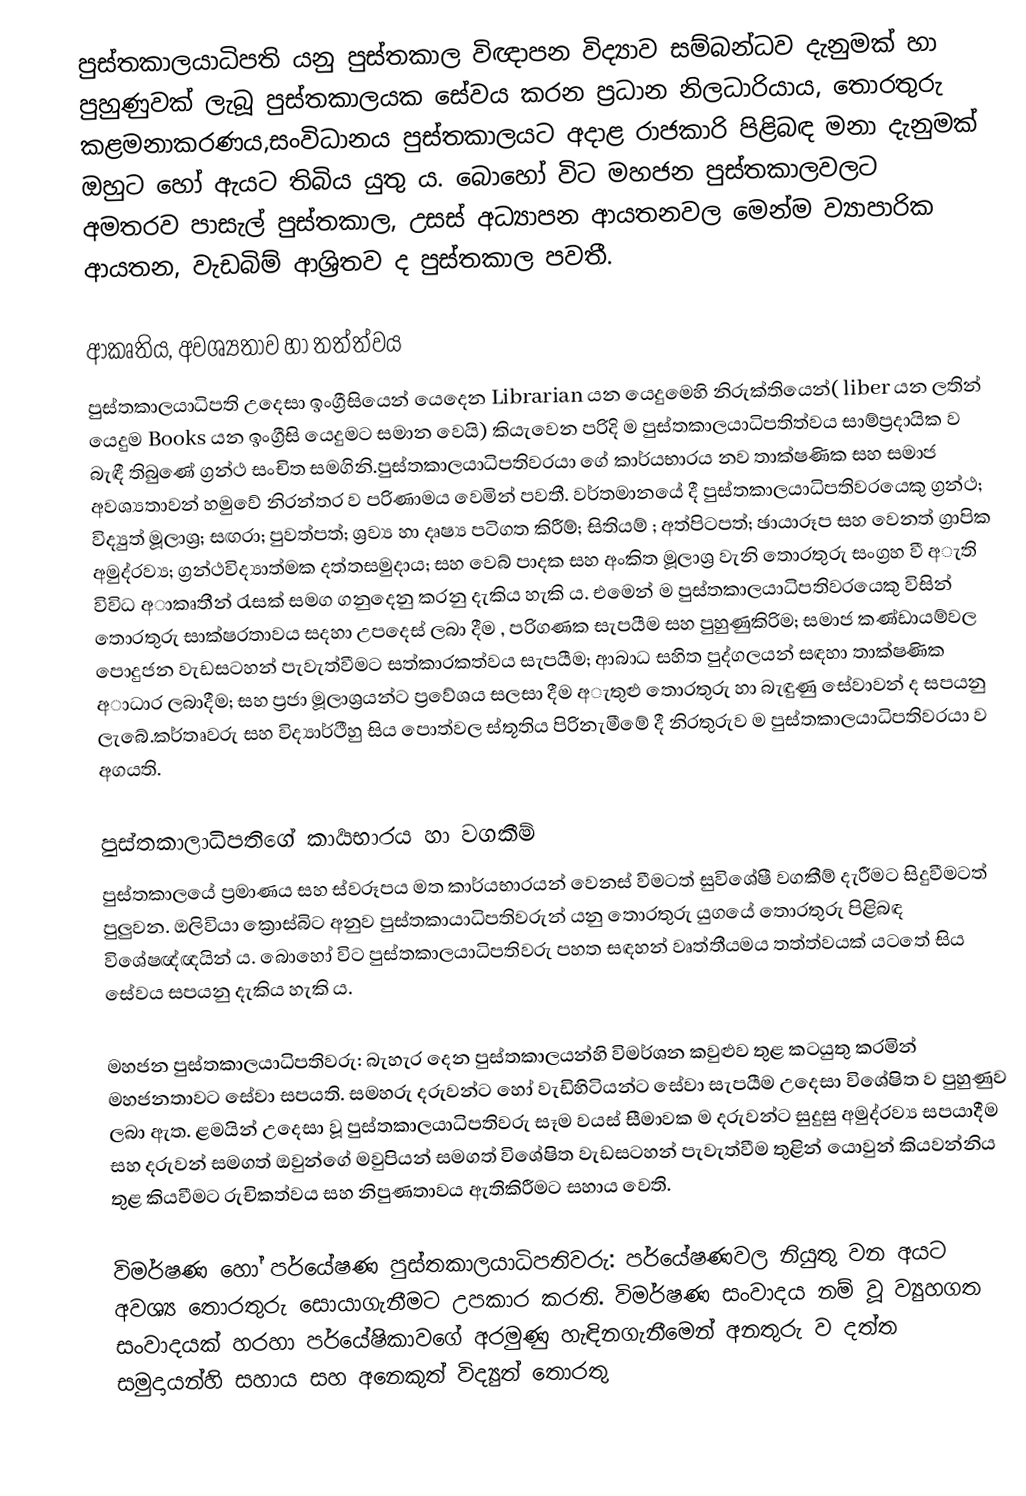
පුස්තකාලයාධිපති යනු පුස්තකාල විඥාපන විද්‍යාව සම්බන්ධව දැනුමක් හා පුහුණුවක් ලැබූ පුස්තකාලයක සේවය කරන ප්‍රධාන නිලධාරියාය, තොරතුරු කළමනාකරණය,සංවිධානය පුස්තකාලයට අදාළ රාජකාරි පිළිබඳ මනා දැනුමක් ඔහුට හෝ ඇයට තිබිය යුතු ය. බොහෝ විට මහජන පුස්තකාලවලට අමතරව පාසැල් පුස්තකාල, උසස් අධ්‍යාපන ආයතනවල මෙන්ම ව්‍යාපාරික ආයතන, වැඩබිම් ආශ්‍රිතව ද පුස්තකාල පවතී.

ආකෘතිය, අවශ්‍යතාව හා තත්ත්වය
පුස්තකාලයාධිපති උදෙසා ඉංග්‍රීසියෙන් යෙදෙන Librarian යන යෙදුමෙහි නිරුක්තියෙන්( liber යන ලතින් යෙදුම Books යන ඉංග්‍රීසි යෙදුමට සමාන වෙයි) කියැවෙන පරිදි ම පුස්තකාලයාධිපතිත්වය සාම්ප්‍රදායික ව බැඳී තිබුණේ ග්‍රන්ථ සංචිත සමගිනි.පුස්තකාලයාධිපතිවරයා ගේ කාර්යභාරය නව තාක්ෂණික සහ සමාජ අවශ්‍යතාවන් හමුවේ නිරන්තර ව පරිණාමය වෙමින් පවතී. වර්තමානයේ දී පුස්තකාලයාධිපතිවරයෙකු  ග්‍රන්ථ; විද්‍යුත් මූලාශ්‍ර; සඟරා; පුවත්පත්; ශ්‍රව්‍ය හා දෘෂ්‍ය පටිගත කිරීම්; සිතියම් ; අත්පිටපත්; ඡායාරූප සහ වෙනත් ග්‍රාපික අමුද්රව්‍ය; ග්‍රන්ථවිද්‍යාත්මක දත්තසමුදාය; සහ වෙබ් පාදක සහ අංකිත මූලාශ්‍ර වැනි තොරතුරු සංග්‍රහ වී අැති විවිධ අාකෘතීන් රැසක් සමග ගනුදෙනු කරනු දැකිය හැකි ය. එමෙන් ම පුස්තකාලයාධිපතිවරයෙකු  විසින් තොරතුරු සාක්ෂරතාවය සදහා උපදෙස් ලබා දීම , පරිගණක සැපයීම සහ පුහුණුකිරිම; සමාජ කණ්ඩායම්වල පොදුජන වැඩසටහන් පැවැත්වීමට සත්කාරකත්වය සැපයීම; ආබාධ සහිත පුද්ගලයන් සඳහා තාක්ෂණික අාධාර ලබාදීම; සහ ප්‍රජා මූලාශ්‍රයන්ට ප්‍රවේශය සලසා දීම අැතුළු තොරතුරු හා බැඳුණු සේවාවන්  ද සපයනු ලැබේ.කර්තෘවරු සහ විද්‍යාර්ථීහු සිය පොත්වල ස්තූතිය පිරිනැමීමේ දී නිරතුරුව ම පුස්තකාලයාධිපතිවරයා ව අගයති.

පුස්තකාලාධිපතිගේ කාර්‍යභාරය හා වගකීම්
පුස්තකාලයේ ප්‍රමාණය සහ ස්වරූපය  මත කාර්යභාරයන් වෙනස් වීමටත් සුවිශේෂී වගකීම් දැරීමට සිදුවීමටත් පුලුවන.  ඔලිවියා ක්‍රොස්බිට අනුව පුස්තකායාධිපතිවරුන් යනු තොරතුරු යුගයේ තොරතුරු  පිළිබඳ විශේෂඥ්ඥයින් ය. බොහෝ විට පුස්තකාලයාධිපතිවරු පහත සඳහන් වෘත්තීයමය තත්ත්වයක් යටතේ  සිය සේවය සපයනු දැකිය හැකි ය.

මහජන පුස්තකාලයාධිපතිවරු: බැහැර  දෙන පුස්තකාලයන්හි විමර්ශන කවුළුව තුළ කටයුතු කරමින් මහජනතාවට සේවා සපයති. සමහරු දරුවන්ට හෝ වැඩිහිටියන්ට සේවා සැපයීම උදෙසා විශේෂිත ව පුහුණුව ලබා ඇත. ළමයින් උදෙසා වූ පුස්තකාලයාධිපතිවරු සෑම වයස් සීමාවක ම දරුවන්ට සුදුසු අමුද්රව්‍ය සපයාදීම සහ දරුවන් සමගත් ඔවුන්ගේ මවුපියන් සමගත්  විශේෂිත වැඩසටහන් පැවැත්වීම තුළින් යොවුන් කියවන්නිය තුළ කියවීමට රුචිකත්වය සහ නිපුණතාවය ඇතිකිරීමට සහාය වෙති.

විමර්ෂණ හෝ පර්යේෂණ පුස්තකාලයාධිපතිවරු: පර්යේෂණවල නියුතු වන අයට අවශ්‍ය තොරතුරු සොයාගැනීමට උපකාර කරති. විමර්ෂණ සංවාදය නම් වූ ව්‍යුහගත සංවාදයක් හරහා පර්යේෂිකාවගේ අරමුණු හැඳිනගැනීමෙන් අනතුරු ව දත්ත සමුදායන්හි සහාය සහ අනෙකුත් විද්‍යුත් තොරතු